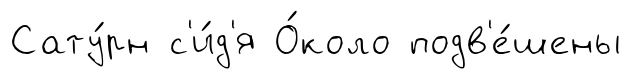
Сату́рн с'и́д'я О́коло подв'е́шены